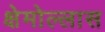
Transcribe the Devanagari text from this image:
क्षेमोल्लास